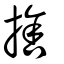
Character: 捨